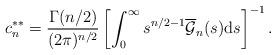
LaTeX: \begin{align*}c_{n}^{\ast\ast}=\frac{\Gamma(n/2)}{(2\pi)^{n/2}}\left[\int_{0}^{\infty}s^{n/2-1}\overline{\mathcal{G}}_{n}(s)\mathrm{d}s\right]^{-1}.\end{align*}